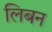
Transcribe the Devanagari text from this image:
लिबन